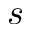
s